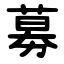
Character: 募